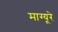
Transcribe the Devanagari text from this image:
माग्यूरे